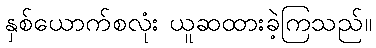
နှစ်ယောက်စလုံး ယူဆထားခဲ့ကြသည်။